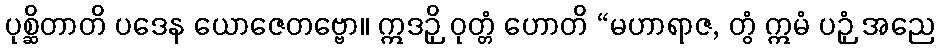
ပုစ္ဆိတာတိ ပဒေန ယောဇေတဗ္ဗော။ ဣဒဉှိ ဝုတ္တံ ဟောတိ “မဟာရာဇ, တွံ ဣမံ ပဉှံ အညေ